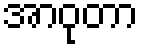
အာဝုတာ